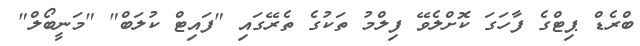
ބްރެޑް ޕިޓްގެ ފާހަގަ ކޮށްލެވޭ ފިލްމު ތަކުގެ ތެރޭގައި "ފައިޓް ކުލަބް" "މަނީބޯލް"